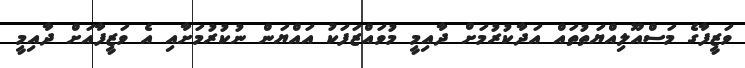
ވަޒީފާގެ މަސްއޫލިއްޔަތުތައް އަދާކުރުމަށް ދާއިމީ މުވައްޒަފަކު އައްޔަން ނުކުރުމަށާއި އެ ވަޒީފާއަށް ދާއިމީ